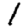
Digit: 1